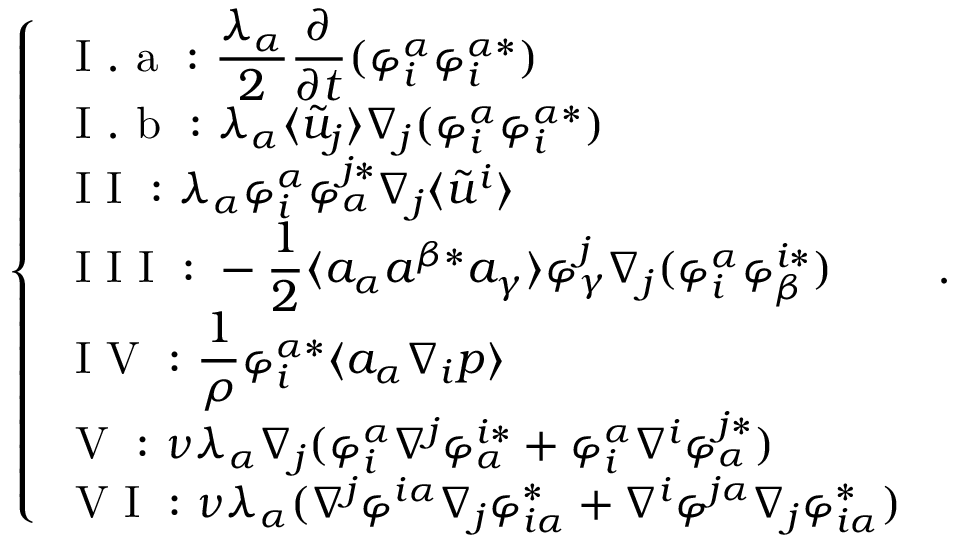
\left\{ \begin{array} { l l } { \mathrm { ~ I ~ . ~ a ~ : ~ } \displaystyle \frac { \lambda _ { \alpha } } { 2 } \frac { \partial } { \partial t } ( \varphi _ { i } ^ { \alpha } \varphi _ { i } ^ { \alpha * } ) } \\ { \mathrm { ~ I ~ . ~ b ~ : ~ } \lambda _ { \alpha } \langle \tilde { u } _ { j } \rangle \nabla _ { j } ( \varphi _ { i } ^ { \alpha } \varphi _ { i } ^ { \alpha * } ) } \\ { \mathrm { ~ I ~ I ~ : ~ } \lambda _ { \alpha } \varphi _ { i } ^ { \alpha } \varphi _ { \alpha } ^ { j * } \nabla _ { j } \langle \tilde { u } ^ { i } \rangle } \\ { \mathrm { ~ I ~ I ~ I ~ : ~ } \displaystyle - \frac { 1 } { 2 } \langle a _ { \alpha } a ^ { \beta * } a _ { \gamma } \rangle \varphi _ { \gamma } ^ { j } \nabla _ { j } ( \varphi _ { i } ^ { \alpha } \varphi _ { \beta } ^ { i * } ) } \\ { \mathrm { ~ I ~ V ~ : ~ } \displaystyle \frac { 1 } { \rho } \varphi _ { i } ^ { \alpha * } \langle a _ { \alpha } \nabla _ { i } p \rangle } \\ { \mathrm { ~ V ~ : ~ } \nu \lambda _ { \alpha } \nabla _ { j } ( \varphi _ { i } ^ { \alpha } \nabla ^ { j } \varphi _ { \alpha } ^ { i * } + \varphi _ { i } ^ { \alpha } \nabla ^ { i } \varphi _ { \alpha } ^ { j * } ) } \\ { \mathrm { ~ V ~ I ~ : ~ } \nu \lambda _ { \alpha } ( \nabla ^ { j } \varphi ^ { i \alpha } \nabla _ { j } \varphi _ { i \alpha } ^ { * } + \nabla ^ { i } \varphi ^ { j \alpha } \nabla _ { j } \varphi _ { i \alpha } ^ { * } ) } \end{array} \right. .